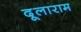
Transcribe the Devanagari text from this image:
दूलाराम